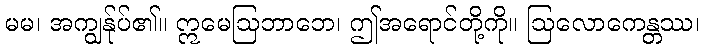
မမ၊ အကျွန်ုပ်၏။ ဣမေဩဘာဘေ၊ ဤအရောင်တို့ကို။ ဩလောကေန္တဿ၊